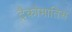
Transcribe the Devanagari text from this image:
ट्रैकोमातिस